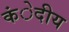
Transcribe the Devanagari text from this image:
कंेदीय